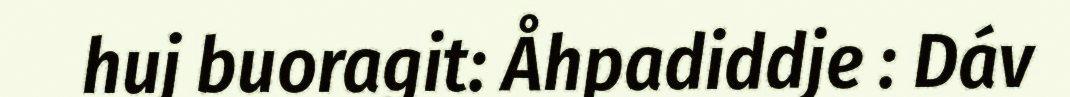
huj buoragit: Åhpadiddje : Dáv